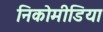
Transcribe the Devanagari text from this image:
निकोमीडिया